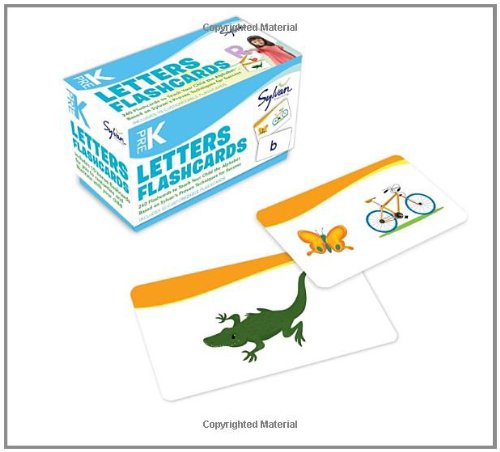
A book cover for Pre-K Letters Flashcards (Flashcards Language Arts); Sylvan Learning; Reference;